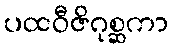
ပထဝီဇိဂုစ္ဆကာ